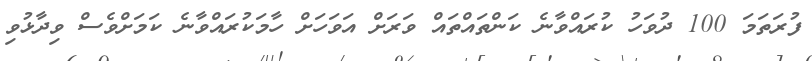
ފުރަތަމަ 100 ދުވަހު ކުރައްވާނެ ކަންތައްތައް ވަރަށް އަވަހަށް ހާމަކުރައްވާނެ ކަމަށްވެސް ވިދާޅުވި